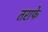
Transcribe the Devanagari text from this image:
तराफे